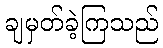
ချမှတ်ခဲ့ကြသည်